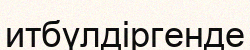
итбүлдіргенде